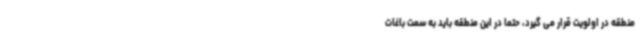
منطقه در اولویت قرار می گیرد، حتما در این منطقه باید به سمت باغات